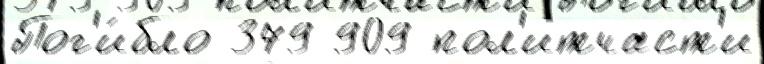
Пог'и́бло 379 909 пол'итчаст'и